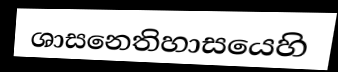
ශාසනෙතිහාසයෙහි